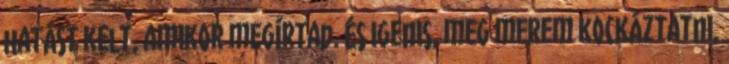
hatást kelt, amikor megírtad. És igenis, meg merem kockáztatni,